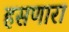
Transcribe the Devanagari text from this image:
हसणारा